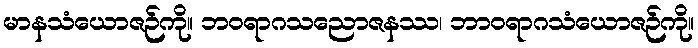
မာနသံယောဇဉ်ကို။ ဘဝရာဂသညောဇနဿ၊ ဘာဝရာဂသံယောဇဉ်ကို။